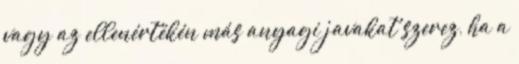
vagy az ellenértékén más anyagi javakat szerez, ha a